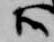
候